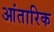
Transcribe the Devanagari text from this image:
आंतारिक